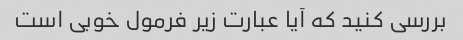
بررسی کنید که آیا عبارت زیر فرمول خوبی است